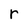
Character: r